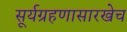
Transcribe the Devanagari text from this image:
सूर्यग्रहणासारखेच